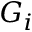
G _ { i }